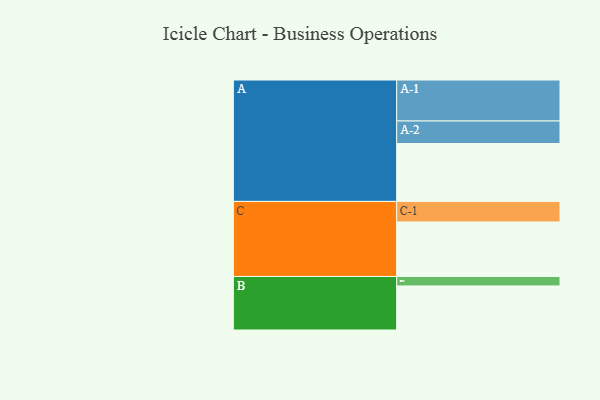
{"axis": {"x": "Segment", "y": "Value"}, "legend": ["", "A", "B", "C"], "data": [{"x": "A", "y": 411, "type": ""}, {"x": "B", "y": 313, "type": ""}, {"x": "C", "y": 387, "type": ""}, {"x": "A-1", "y": 291, "type": "A"}, {"x": "A-2", "y": 160, "type": "A"}, {"x": "B-1", "y": 67, "type": "B"}, {"x": "C-1", "y": 146, "type": "C"}]}